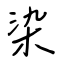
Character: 染